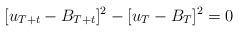
LaTeX: \begin{align*}[u_{T+t}-B_{T+t}]^2-[u_{T}-B_T]^2=0\end{align*}